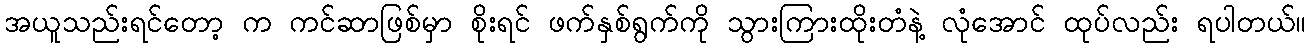
အယူသည်းရင်တော့ က ကင်ဆာဖြစ်မှာ စိုးရင် ဖက်နှစ်ရွက်ကို သွားကြားထိုးတံနဲ့ လုံအောင် ထုပ်လည်း ရပါတယ်။